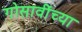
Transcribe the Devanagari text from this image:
गोसावींच्या